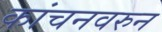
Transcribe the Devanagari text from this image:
कांचनवरुन